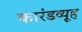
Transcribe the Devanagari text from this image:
कारंडव्यूह